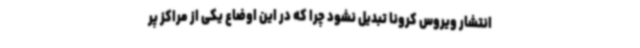
انتشار ویروس کرونا تبدیل نشود چرا که در این اوضاع یکی از مراکز پر